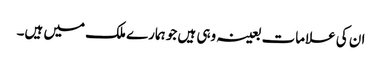
ان کی علامات بعینہ وہی ہیں جو ہمارے ملک میں ہیں۔